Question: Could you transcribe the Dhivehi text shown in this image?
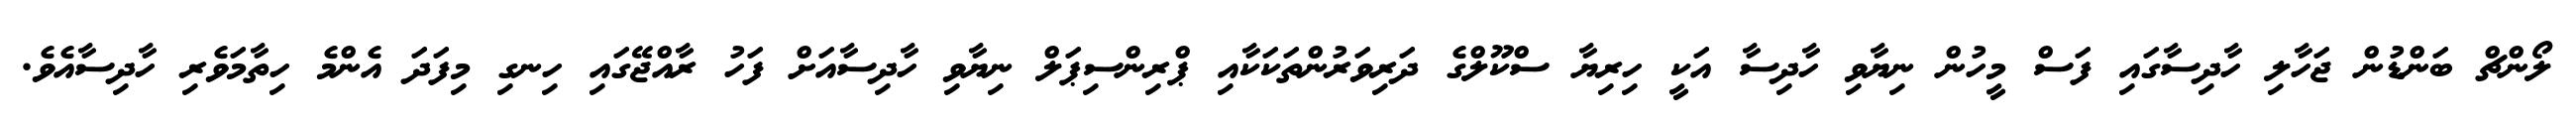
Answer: ލޯންޗް ބަންޑުން ޖަހާލި ހާދިސާގައި ފަސް މީހުން ނިޔާވި ހާދިސާ އަކީ ހިރިޔާ ސްކޫލްގެ ދަރިވަރުންތަކަކާއި ޕްރިންސިޕަލް ނިޔާވި ހާދިސާއަށް ފަހު ރާއްޖޭގައި ހިނގި މިފަދަ އެންމެ ހިތާމަވެރި ހާދިސާއެވެ.